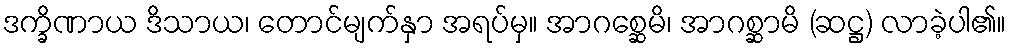
ဒက္ခိဏာယ ဒိသာယ၊ တောင်မျက်နှာ အရပ်မှ။ အာဂစ္ဆေမိ၊ အာဂစ္ဆာမိ (ဆဋ္ဌ) လာခဲ့ပါ၏။